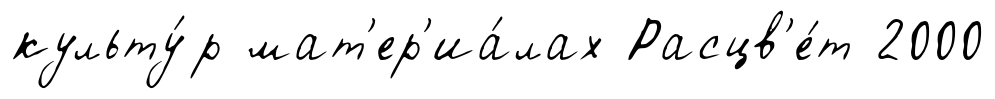
культу́р мат'ер'иа́лах Расцв'е́т 2000